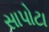
સાપોટા